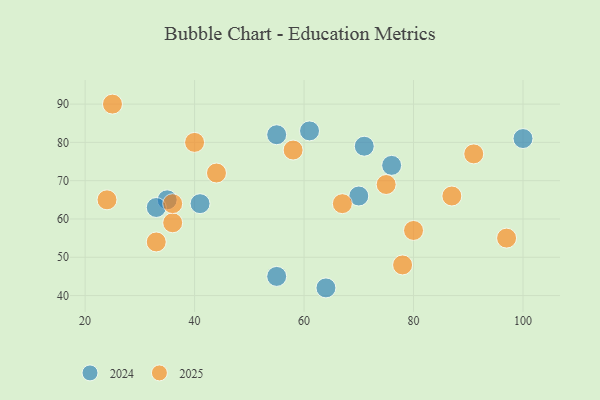
{"axis": {"x": "GDP", "y": "Life Expectancy"}, "legend": ["2024", "2025"], "data": [{"x": "80", "y": 57, "type": "2025"}, {"x": "40", "y": 80, "type": "2025"}, {"x": "36", "y": 59, "type": "2025"}, {"x": "78", "y": 48, "type": "2025"}, {"x": "91", "y": 77, "type": "2025"}, {"x": "36", "y": 64, "type": "2025"}, {"x": "44", "y": 72, "type": "2025"}, {"x": "33", "y": 54, "type": "2025"}, {"x": "75", "y": 69, "type": "2025"}, {"x": "87", "y": 66, "type": "2025"}, {"x": "67", "y": 64, "type": "2025"}, {"x": "25", "y": 90, "type": "2025"}, {"x": "58", "y": 78, "type": "2025"}, {"x": "97", "y": 55, "type": "2025"}, {"x": "24", "y": 65, "type": "2025"}, {"x": "35", "y": 65, "type": "2024"}, {"x": "61", "y": 83, "type": "2024"}, {"x": "33", "y": 63, "type": "2024"}, {"x": "76", "y": 74, "type": "2024"}, {"x": "71", "y": 79, "type": "2024"}, {"x": "55", "y": 82, "type": "2024"}, {"x": "70", "y": 66, "type": "2024"}, {"x": "41", "y": 64, "type": "2024"}, {"x": "64", "y": 42, "type": "2024"}, {"x": "55", "y": 45, "type": "2024"}, {"x": "100", "y": 81, "type": "2024"}]}